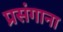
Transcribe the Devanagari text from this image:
प्रसंगाना